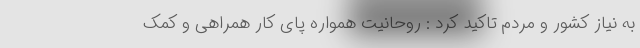
به نیاز کشور و مردم تاکید کرد : روحانیت همواره پای کار همراهی و کمک